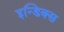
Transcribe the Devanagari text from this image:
इन्डिक्स